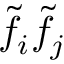
\tilde { f _ { i } } \tilde { f _ { j } }